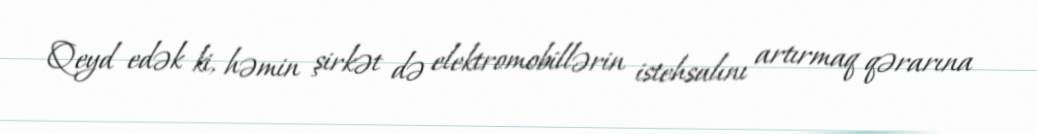
Qeyd edək ki, həmin şirkət də elektromobillərin istehsalını artırmaq qərarına